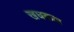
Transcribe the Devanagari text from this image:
खघकञ